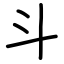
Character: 斗